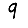
Digit: 9